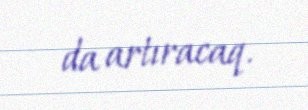
da artıracaq.